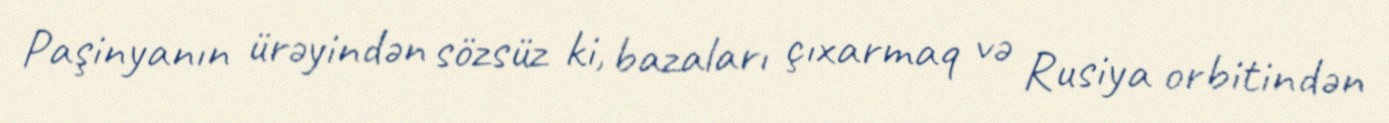
Paşinyanın ürəyindən sözsüz ki, bazaları çıxarmaq və Rusiya orbitindən